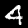
Label: 4